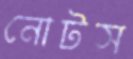
নোটস